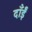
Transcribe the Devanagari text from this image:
दाँईं